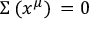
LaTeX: \Sigma \, ( x ^ { \mu } ) \, = 0